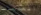
العدسات